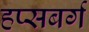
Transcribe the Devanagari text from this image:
हप्सबर्ग